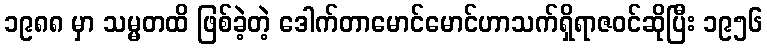
၁၉၈၈ မှာ သမ္မတထိ ဖြစ်ခဲ့တဲ့ ဒေါက်တာမောင်မောင်ဟာသက်ရှိရာဇဝင်ဆိုပြီး ၁၉၅၆